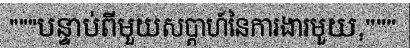
"""បន្ទាប់ពីមួយសប្តាហ៍នៃការងារមួយ,"""